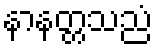
နာနတ္တသညံ